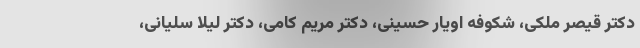
دکتر قیصر ملکی، شکوفه اویار حسینی، دکتر مریم کامی، دکتر لیلا سلیانی،